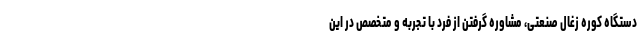
دستگاه کوره زغال صنعتی، مشاوره گرفتن از فرد با تجربه و متخصص در این